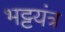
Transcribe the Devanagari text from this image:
भट्टयंत्र